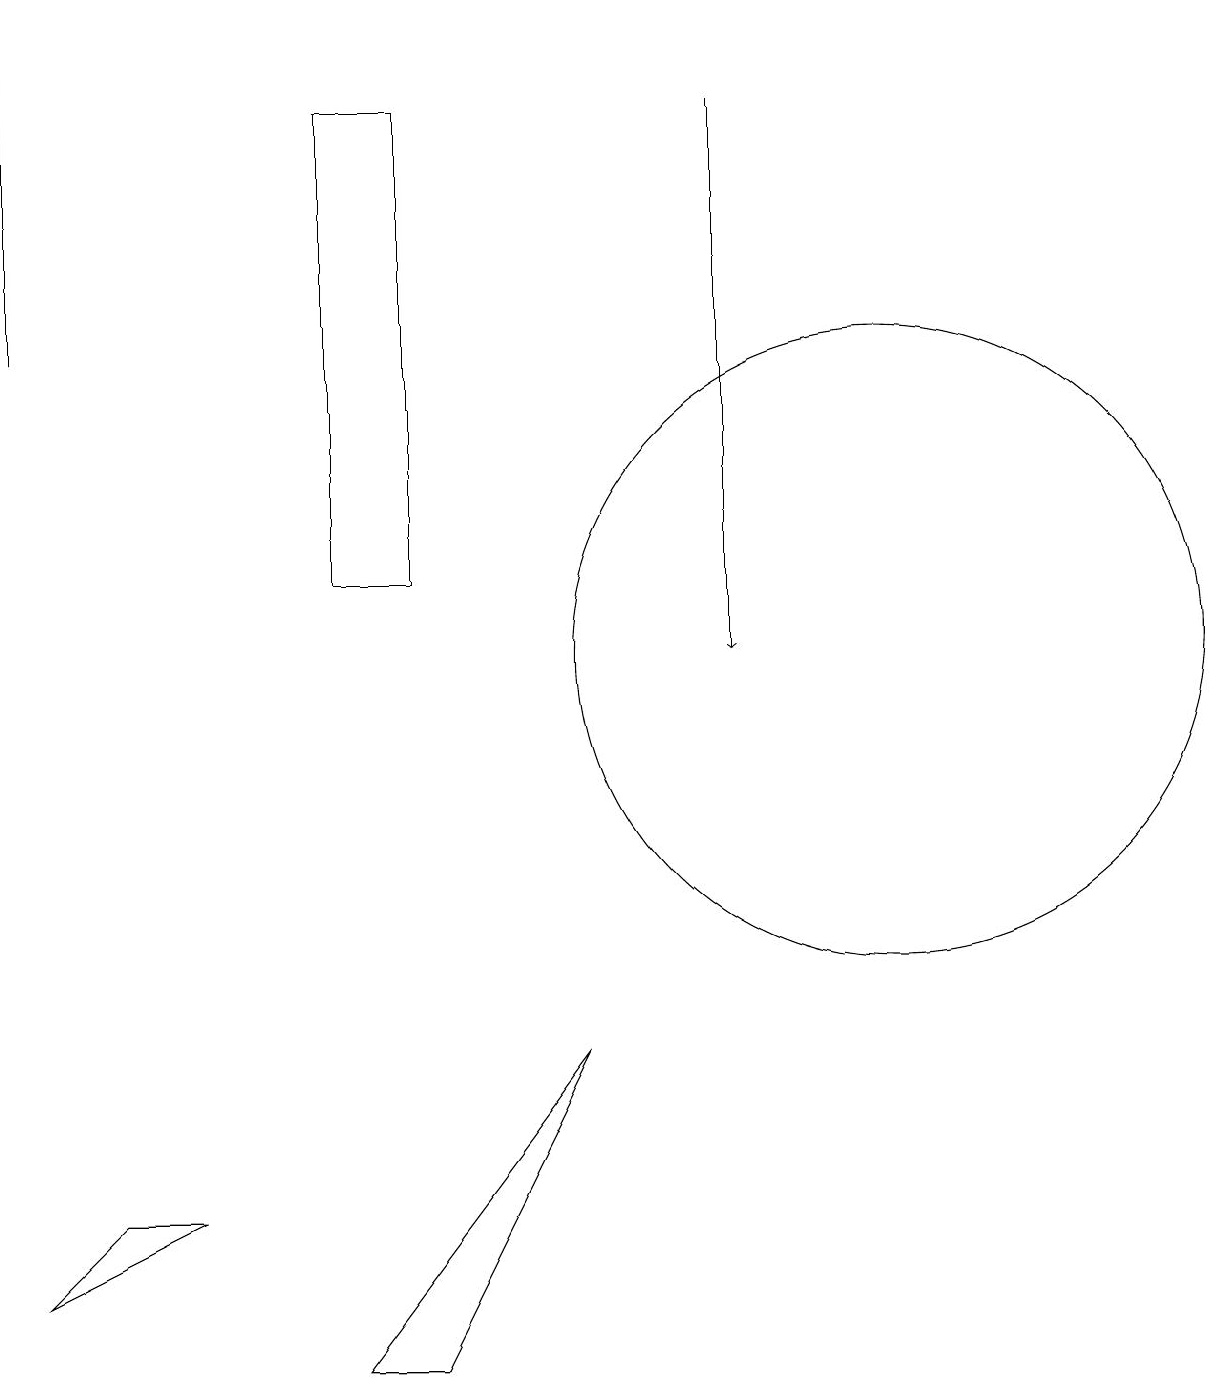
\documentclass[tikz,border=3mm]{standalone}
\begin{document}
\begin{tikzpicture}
\draw (0,3) -- (1,4) -- (2,4) -- cycle;
\draw (11,11) circle (4);
\draw (0,19) rectangle (0,15);
\draw (7,6) -- (4,2) -- (5,2) -- cycle;
\draw (4,18) rectangle (5,12);
\draw[->] (9,18) -- (9,11);
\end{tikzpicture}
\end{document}